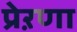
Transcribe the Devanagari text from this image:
प्रेऱणा